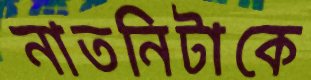
নাতনিটাকে